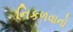
નિકળવાનો